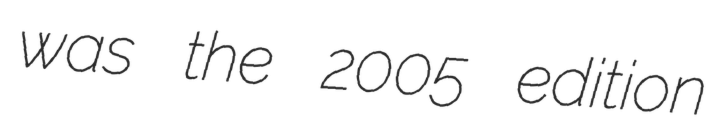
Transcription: was the 2005 edition